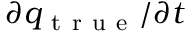
\partial { } q _ { \mathrm { ~ t ~ r ~ u ~ e ~ } } / \partial { } t